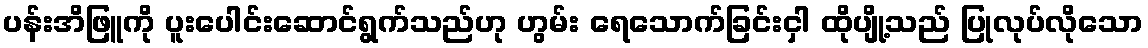
ပန်းအိဖြူကို ပူးပေါင်းဆောင်ရွက်သည်ဟု ဟွမ်း ရေသောက်ခြင်းငှါ ထိုပျို့သည် ပြုလုပ်လိုသော